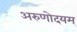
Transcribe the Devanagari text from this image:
अरुणोदयम्